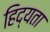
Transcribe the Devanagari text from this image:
हिद्यता